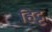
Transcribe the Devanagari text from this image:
हिट्ट